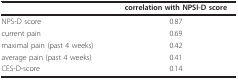
|  | correlation with NPSI-D score |
 | --- | --- |
 | NPS-D score | 0.87 |
 | current pain | 0.69 |
 | maximal pain (past 4 weeks) | 0.42 |
 | average pain (past 4 weeks) | 0.41 |
 | CES-D-score | 0.14 |